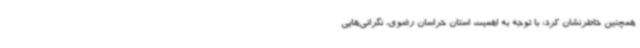
همچنین خاطرنشان کرد: با توجه به اهمیت استان خراسان رضوی، نگرانی‌هایی